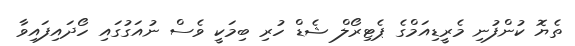
ތެޔޮ ކުންފުނި މެރީޑިއަމްގެ ޕެޓިރޯލް ޝެޑް ހުރި ބިމަކީ ވެސް ނުއަގުގައި ހޯދައިފައިވާ